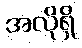
အလိုရှိ